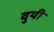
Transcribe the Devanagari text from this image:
वुयी